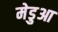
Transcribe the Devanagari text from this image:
मेडुआ